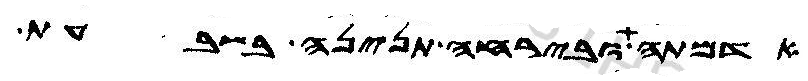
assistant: אדמתה ובירחה תנינה בשבעת